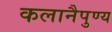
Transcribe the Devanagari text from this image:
कलानैपुण्य